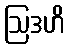
ဩဒဟိ